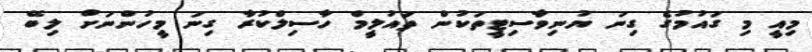
މިއީ މި ގައުމުގެ ގިނަ ޔުނިވާސިޓީތަކުން ތައުލީމް ހާސިލްކުރާ ގިނަ މީހުންނަށް ލިބޭ